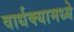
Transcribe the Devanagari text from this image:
वार्धक्यामध्ये